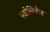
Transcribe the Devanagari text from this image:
स्कोलिसेज़